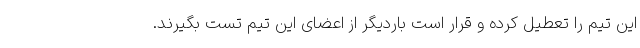
این تیم را تعطیل کرده و قرار است باردیگر از اعضای این تیم تست بگیرند.